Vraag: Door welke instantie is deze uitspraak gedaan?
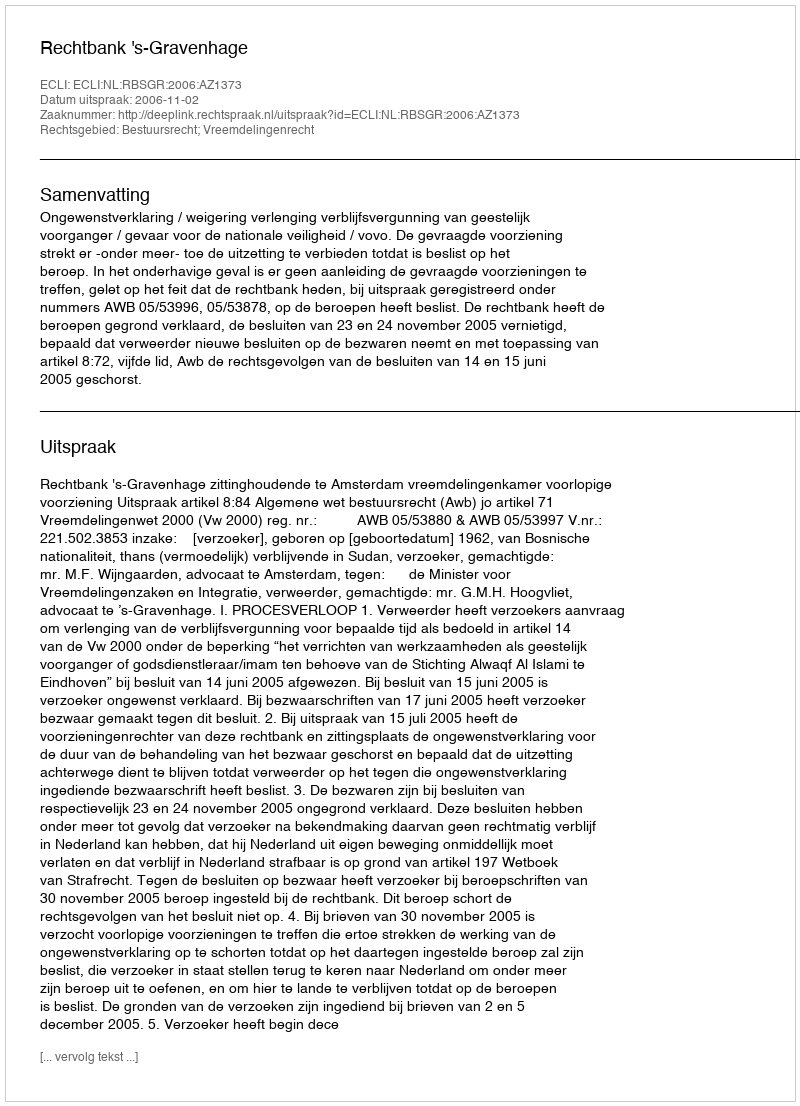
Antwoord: Rechtbank 's-Gravenhage